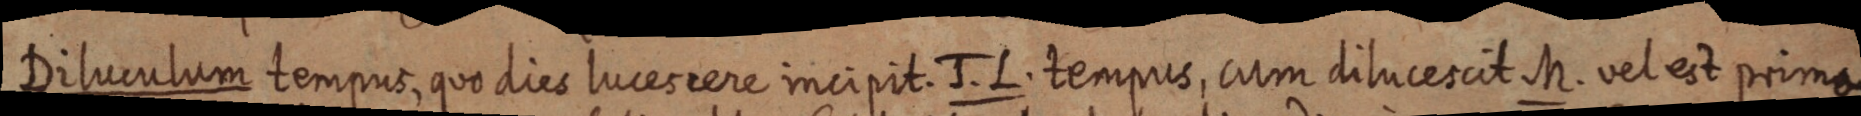
Diluculum tempus, quo dies lucescere incipit. J. L. tempus, cum dilucescit M. vel est prima